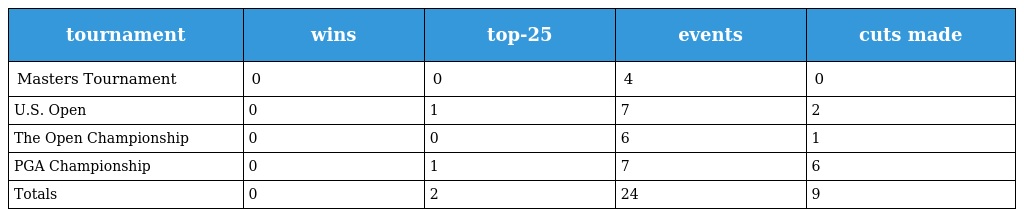
| tournament | wins | top-25 | events | cuts made |
 | --- | --- | --- | --- | --- |
 | Masters Tournament | 0 | 0 | 4 | 0 |
 | U.S. Open | 0 | 1 | 7 | 2 |
 | The Open Championship | 0 | 0 | 6 | 1 |
 | PGA Championship | 0 | 1 | 7 | 6 |
 | Totals | 0 | 2 | 24 | 9 |